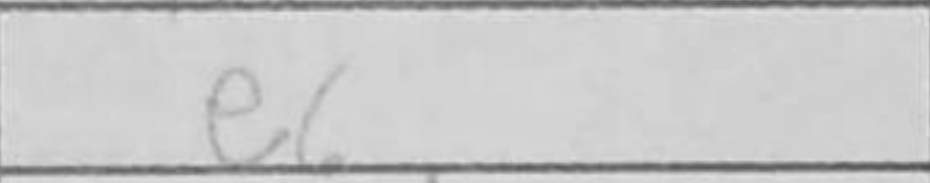
Transcription: e6